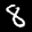
Label: 8